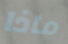
ماذا